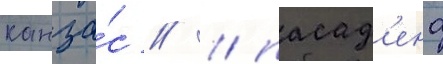
канза́с // / пасад'ена